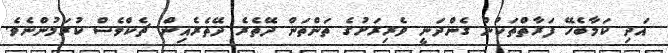
އަދި ކަމާބެހޭ ފަރާތްތަކުން ގެންދަނީ ވެރިރަށުގެ ތަންތަން ދޭތެރެ ދޭތެރެއިން ޗެކްވެސް ކުރަމުންނެވެ.